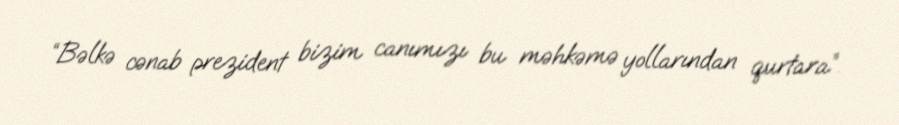
“Bəlkə cənab prezident bizim canımızı bu məhkəmə yollarından qurtara”.